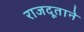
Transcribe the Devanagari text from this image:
राजदूताने